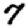
Digit: 7